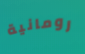
رومانية